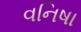
વનિષા